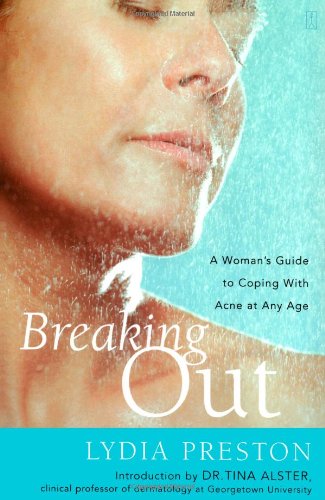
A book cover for Breaking Out: A Woman's Guide to Coping with Acne at Any Age; Lydia Preston; Health, Fitness & Dieting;